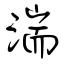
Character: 湍